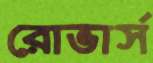
রোভার্স